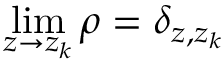
\operatorname* { l i m } _ { z \rightarrow z _ { k } } \rho = \delta _ { z , z _ { k } }